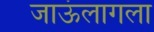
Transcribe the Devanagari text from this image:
जाऊंलागला